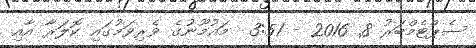
ސެޕްޓެމްބަރު 8